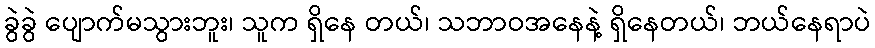
ခွဲခွဲ ပျောက်မသွားဘူး၊ သူက ရှိနေ တယ်၊ သဘာဝအနေနဲ့ ရှိနေတယ်၊ ဘယ်နေရာပဲ